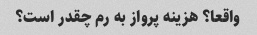
واقعا؟ هزینه پرواز به رم چقدر است؟